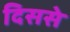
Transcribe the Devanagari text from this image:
दिससे